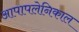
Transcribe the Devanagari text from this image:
आपापलेनिकाल